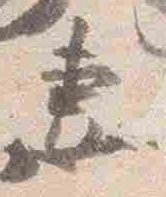
妻